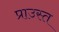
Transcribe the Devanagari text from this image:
प्राउस्त